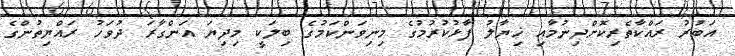
އަބުރު ރައްކާތެރިކޮށްދިނުމާއި ޚިޔާލު ފާޅުކުރުމުގެ މިނިވަންކަމުގެ ބިލަކީ މިދިޔަ އަންގާރަ ދުވަހު ރައްޔިތުންގެ